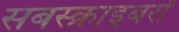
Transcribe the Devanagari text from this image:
सबस्क्राइबरों